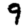
Digit: 9